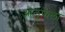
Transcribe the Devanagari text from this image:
ओलुफ़ेला